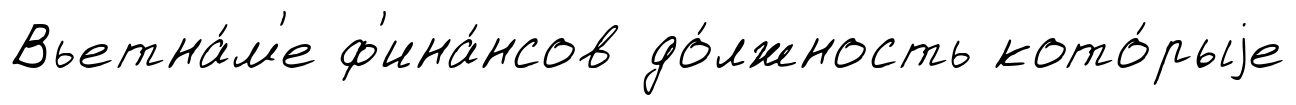
Вьетна́м'е ф'ина́нсов до́лжность кото́рыjе